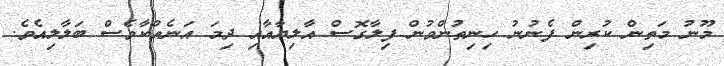
މޫނު މަތިން ކުރިން ފެނުނު ހިނިތުންވުން ފިލާގޮސް އާލިޔާއާއި ދިމަ އަނެއްކާވެސް ބަލާލިއެވެ.